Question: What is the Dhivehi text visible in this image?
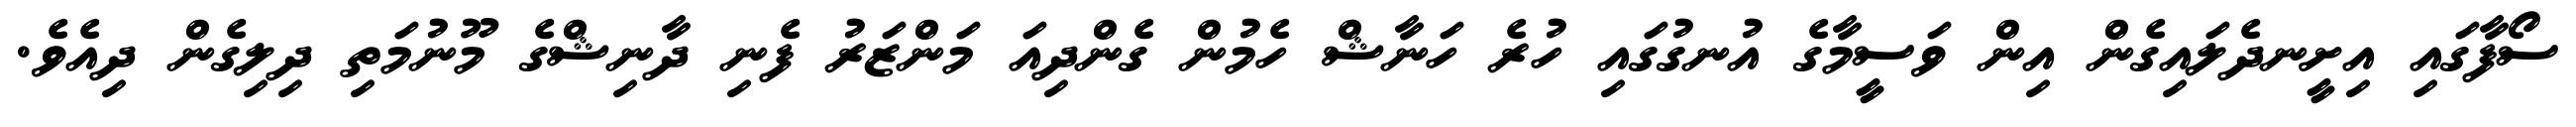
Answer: ސޯފާގައި އިށީނދެލައިގެން އިން ވަސީމާގެ އުނގުގައި ހުރެ ހަނާޝް ހެމުން ގެންދިއަ މަންޒަރު ފެނި ދާނިޝްގެ މޫނުމަތި ދިލިގެން ދިއެވެ.